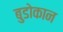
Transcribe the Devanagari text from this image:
बुडोकान